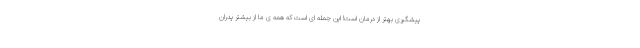
پیشگیری بهتر از درمان است! این جمله ای است که همه ی ما از بیشتر پدران